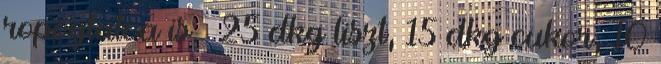
ropogtatva is. 25 dkg liszt, 15 dkg cukor, 10